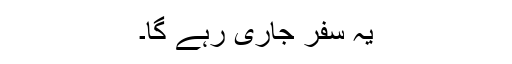
یہ سفر جاری رہے گا۔